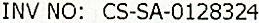
INV NO: CS-SA-0128324